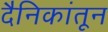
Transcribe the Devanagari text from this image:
दैनिकांतून